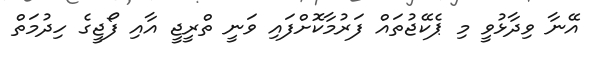
އޭނާ ވިދާޅުވީ މި ޕެކޭޖުތައް ފަރުމާކޮށްފައި ވަނީ ތްރީޖީ އާއި ފޯޖީގެ ހިދުމަތް